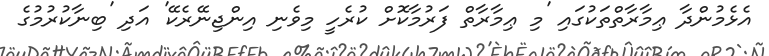
އެޅެމުންދާ ޢިމާރާތްތަކުގައި 'މި ޢިމާރާތް ފަރުމާކޮށް ކުރެހީ މިވެނި އިންޖިނޭރެކޭ' އަދި 'ބިނާކުރުމުގެ